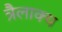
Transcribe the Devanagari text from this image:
त्रैलाक्य